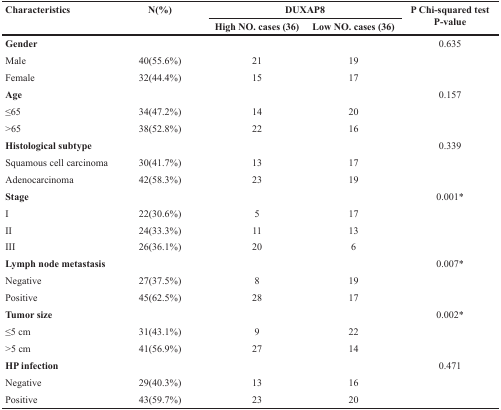
| <ROWSPAN=2> Characteristics | <ROWSPAN=2> N(%) | <COLSPAN=2> DUXAP8 | <ROWSPAN=2> P Chi-squared test P-value |
 | High NO. cases (36) | Low NO. cases (36) |
 | --- | --- | --- | --- | --- |
 | Gender |  |  |  | 0.635 |
 | Male | 40(55.6%) | 21 | 19 |  |
 | Female | 32(44.4%) | 15 | 17 |  |
 | Age |  |  |  | 0.157 |
 | ≤65 | 34(47.2%) | 14 | 20 |  |
 | >65 | 38(52.8%) | 22 | 16 |  |
 | Histological subtype |  |  |  | 0.339 |
 | Squamous cell carcinoma | 30(41.7%) | 13 | 17 |  |
 | Adenocarcinoma | 42(58.3%) | 23 | 19 |  |
 | Stage |  |  |  | 0.001* |
 | I | 22(30.6%) | 5 | 17 |  |
 | II | 24(33.3%) | 11 | 13 |  |
 | III | 26(36.1%) | 20 | 6 |  |
 | Lymph node metastasis |  |  |  | 0.007* |
 | Negative | 27(37.5%) | 8 | 19 |  |
 | Positive | 45(62.5%) | 28 | 17 |  |
 | Tumor size |  |  |  | 0.002* |
 | ≤5 cm | 31(43.1%) | 9 | 22 |  |
 | >5 cm | 41(56.9%) | 27 | 14 |  |
 | HP infection |  |  |  | 0.471 |
 | Negative | 29(40.3%) | 13 | 16 |  |
 | Positive | 43(59.7%) | 23 | 20 |  |